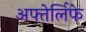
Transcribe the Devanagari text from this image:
अफ्तेर्लिफे